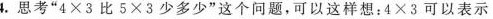
4.思考”$$4 \times 3$$比$$5 \times 3$$少多少”这个问题，可以这样想：$$4 \times 3$$可以表示